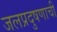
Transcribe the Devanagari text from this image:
जलप्रदुषणाची